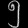
Digit: ၅